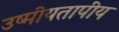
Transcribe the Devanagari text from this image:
उष्मीयतापीय